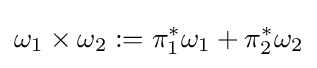
\omega _{1}\times \omega _{2}:=\pi _{1}^{*}\omega _{1}+\pi _{2}^{*}\omega _{2}